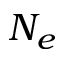
N _ { e }